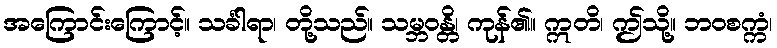
အကြောင်းကြောင့်။ သင်္ခါရာ၊ တို့သည်။ သမ္ဘဝန္တိ၊ ကုန်၏။ ဣတိ၊ ဤသို့။ ဘဝစက္ကံ၊